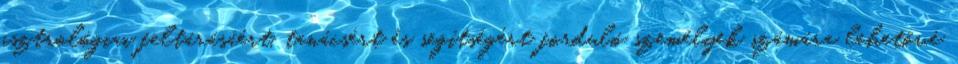
asztrológiai feltárásáért, tanácsért és segítségért forduló személyek számára lehetõvé